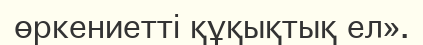
өркениетті құқықтық ел».